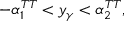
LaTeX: - \alpha _ { 1 } ^ { T T } < y _ { \gamma } < \alpha _ { 2 } ^ { T T } ,